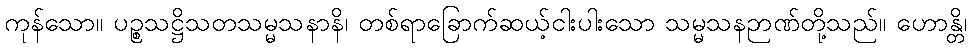
ကုန်သော။ ပဉ္စသဋ္ဌိသတသမ္မသနာနိ၊ တစ်ရာခြောက်ဆယ့်ငါးပါးသော သမ္မသနဉာဏ်တို့သည်။ ဟောန္တိ၊